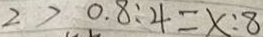
2 > 0 . 8 : 4 = x : 8